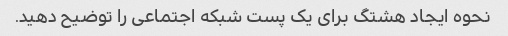
نحوه ایجاد هشتگ برای یک پست شبکه اجتماعی را توضیح دهید.